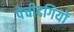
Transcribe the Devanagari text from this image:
पेचीदगियों